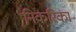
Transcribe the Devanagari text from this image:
निकरिका